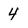
Character: 4